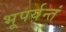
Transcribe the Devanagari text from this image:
भूपर्यन्तं